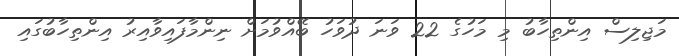
މަޖިލިސް އިންތިހާބު މި މަހުގެ 22 ވަނަ ދުވަހު ބޭއްވުމަށް ނިންމާފައިވާއިރު އިންތިހާބުގައި